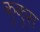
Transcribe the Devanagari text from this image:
कुकूस